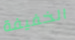
الخفيفة